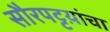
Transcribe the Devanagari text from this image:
सौरपट्टय़ांचा